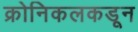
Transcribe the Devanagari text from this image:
क्रोनिकलकडून